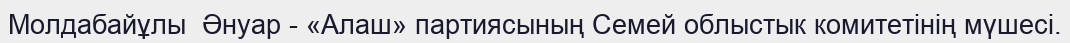
Молдабайұлы  Әнуар - «Алаш» партиясының Семей облыстык комитетінің мүшесі.